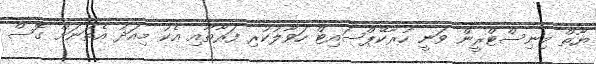
ޔޫތް މިނިސްޓްރީން ވަނީ ހުރާކޭޕްސައިޓް ހަވާލުކުރި ފަރާތާއި އެކު މިއަދު އެތަނަށް ގޮސް